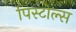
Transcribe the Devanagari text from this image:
पिस्टोल्स